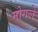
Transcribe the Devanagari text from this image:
मोगले